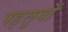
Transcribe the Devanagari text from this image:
पहलुवों